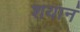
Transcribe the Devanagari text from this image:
शयानं